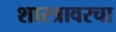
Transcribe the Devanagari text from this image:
शास्त्रावरचा